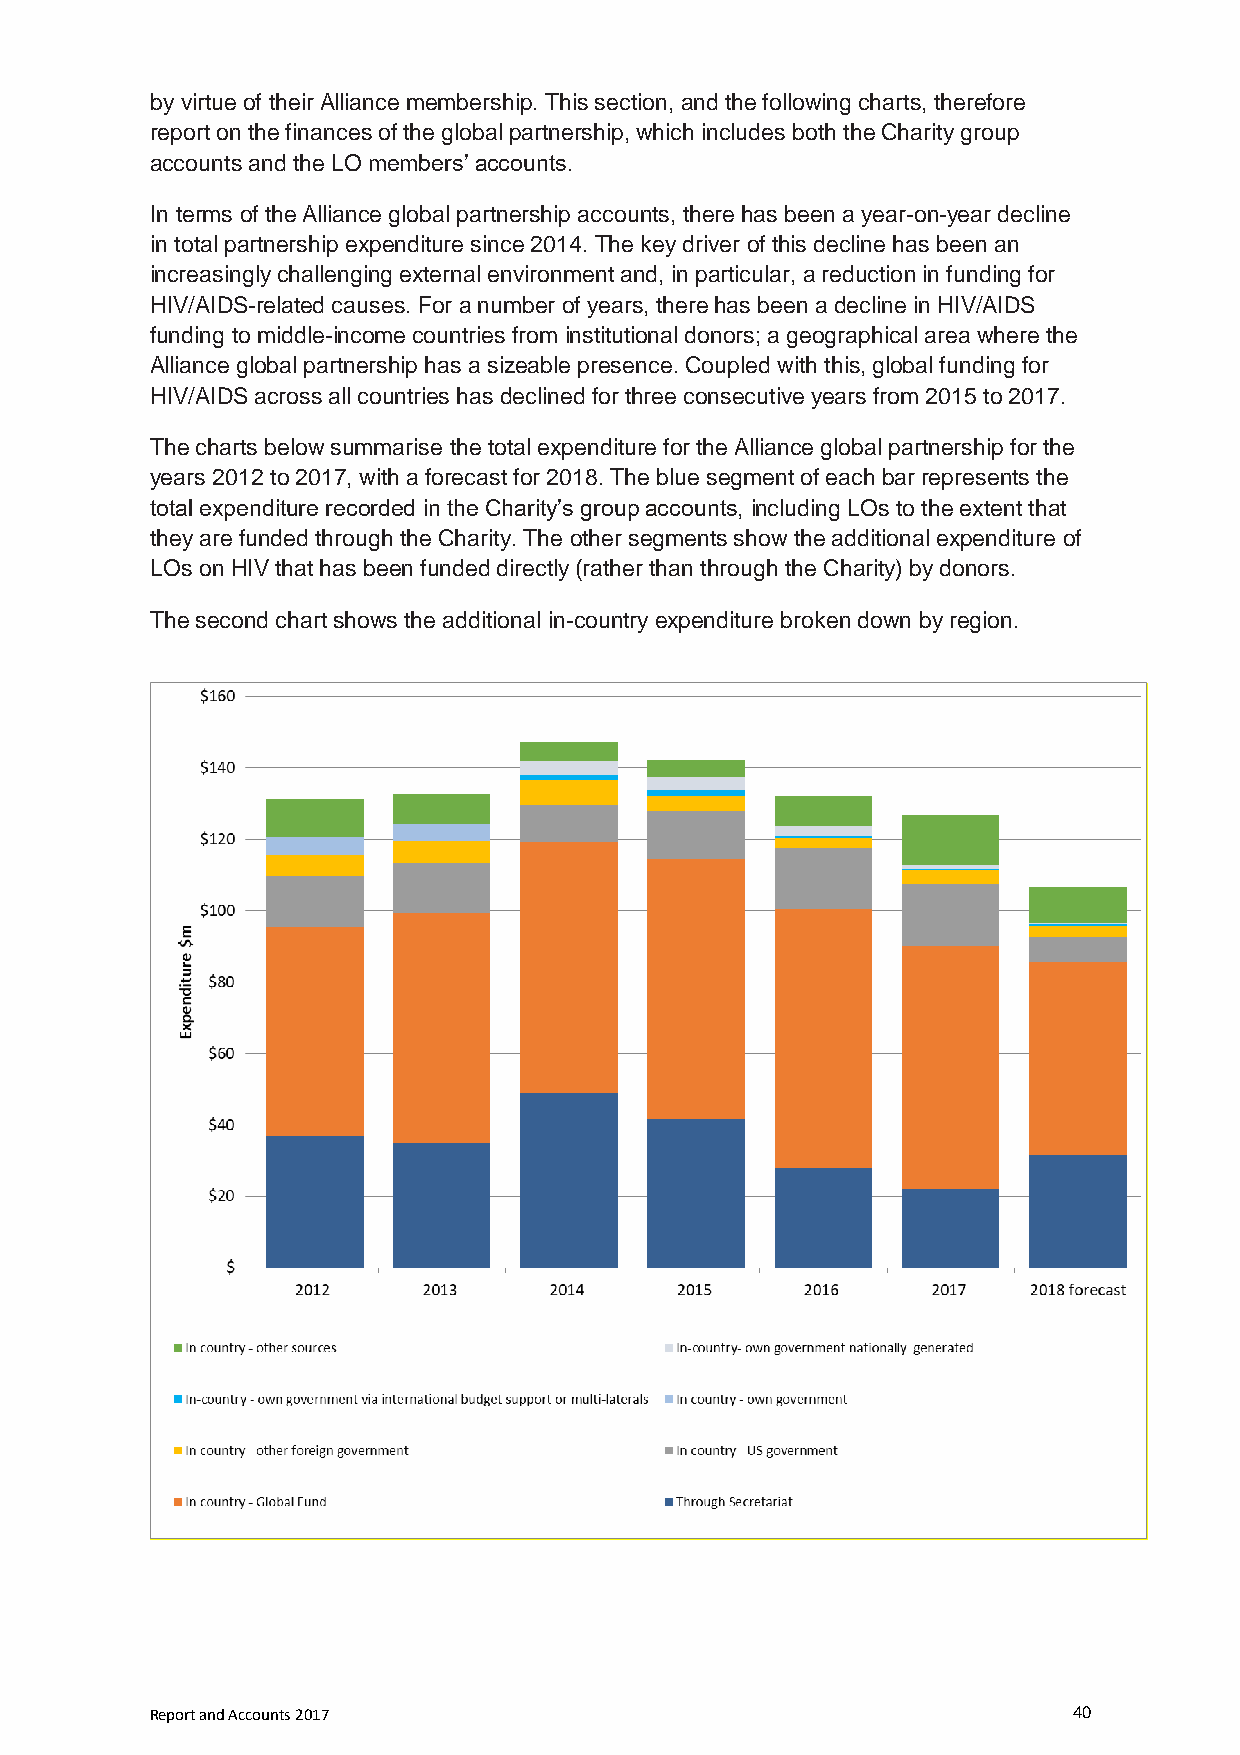
by virtue of their Alliance membership. This section, and the following charts, therefore
 report on the finances of the global partnership, which includes both the Charity group
 accounts and the LO members’ accounts.
 In terms of the Alliance global partnership accounts, there has been a year-on-year decline
 in total partnership expenditure since 2014. The key driver of this decline has been an
 increasingly challenging external environment and, in particular, a reduction in funding for
 HIV/AIDS-related causes. For a number of years, there has been a decline in HIV/AIDS
 funding to middle-income countries from institutional donors; a geographical area where the
 Alliance global partnership has a sizeable presence. Coupled with this, global funding for
 HIV/AIDS across all countries has declined for three consecutive years from 2015 to 2017.
 The charts below summarise the total expenditure for the Alliance global partnership for the
 years 2012 to 2017, with a forecast for 2018. The blue segment of each bar represents the
 total expenditure recorded in the Charity’s group accounts, including LOs to the extent that
 they are funded through the Charity. The other segments show the additional expenditure of
 LOs on HIV that has been funded directly (rather than through the Charity) by donors.
 The second chart shows the additional in-country expenditure broken down by region.
 Report and Accounts 2017                                     40